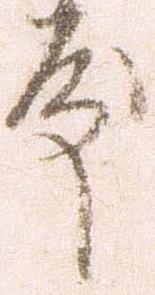
殿